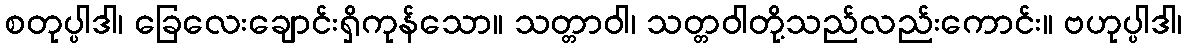
စတုပ္ပါဒါ၊ ခြေလေးချောင်းရှိကုန်သော။ သတ္တာဝါ၊ သတ္တဝါတို့သည်လည်းကောင်း။ ဗဟုပ္ပါဒါ၊